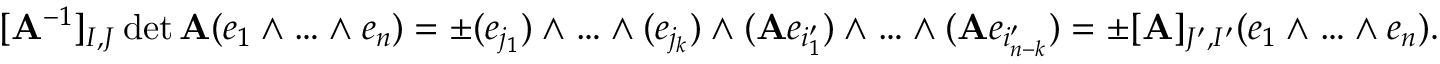
[ \mathbf { A } ^ { - 1 } ] _ { I , J } \operatorname* { d e t } \mathbf { A } ( e _ { 1 } \wedge \ldots \wedge e _ { n } ) = \pm ( e _ { j _ { 1 } } ) \wedge \ldots \wedge ( e _ { j _ { k } } ) \wedge ( \mathbf { A } e _ { i _ { 1 } ^ { \prime } } ) \wedge \ldots \wedge ( \mathbf { A } e _ { i _ { n - k } ^ { \prime } } ) = \pm [ \mathbf { A } ] _ { J ^ { \prime } , I ^ { \prime } } ( e _ { 1 } \wedge \ldots \wedge e _ { n } ) .